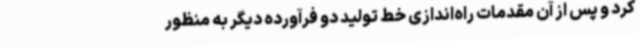
کرد و پس از آن مقدمات راه‌اندازی خط تولید دو فرآورده دیگر به منظور